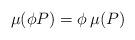
LaTeX: \begin{align*}\mu (\phi P) = \phi \, \mu (P)\end{align*}